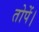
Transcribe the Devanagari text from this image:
तोपें।